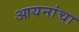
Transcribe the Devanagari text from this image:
आयनांचा